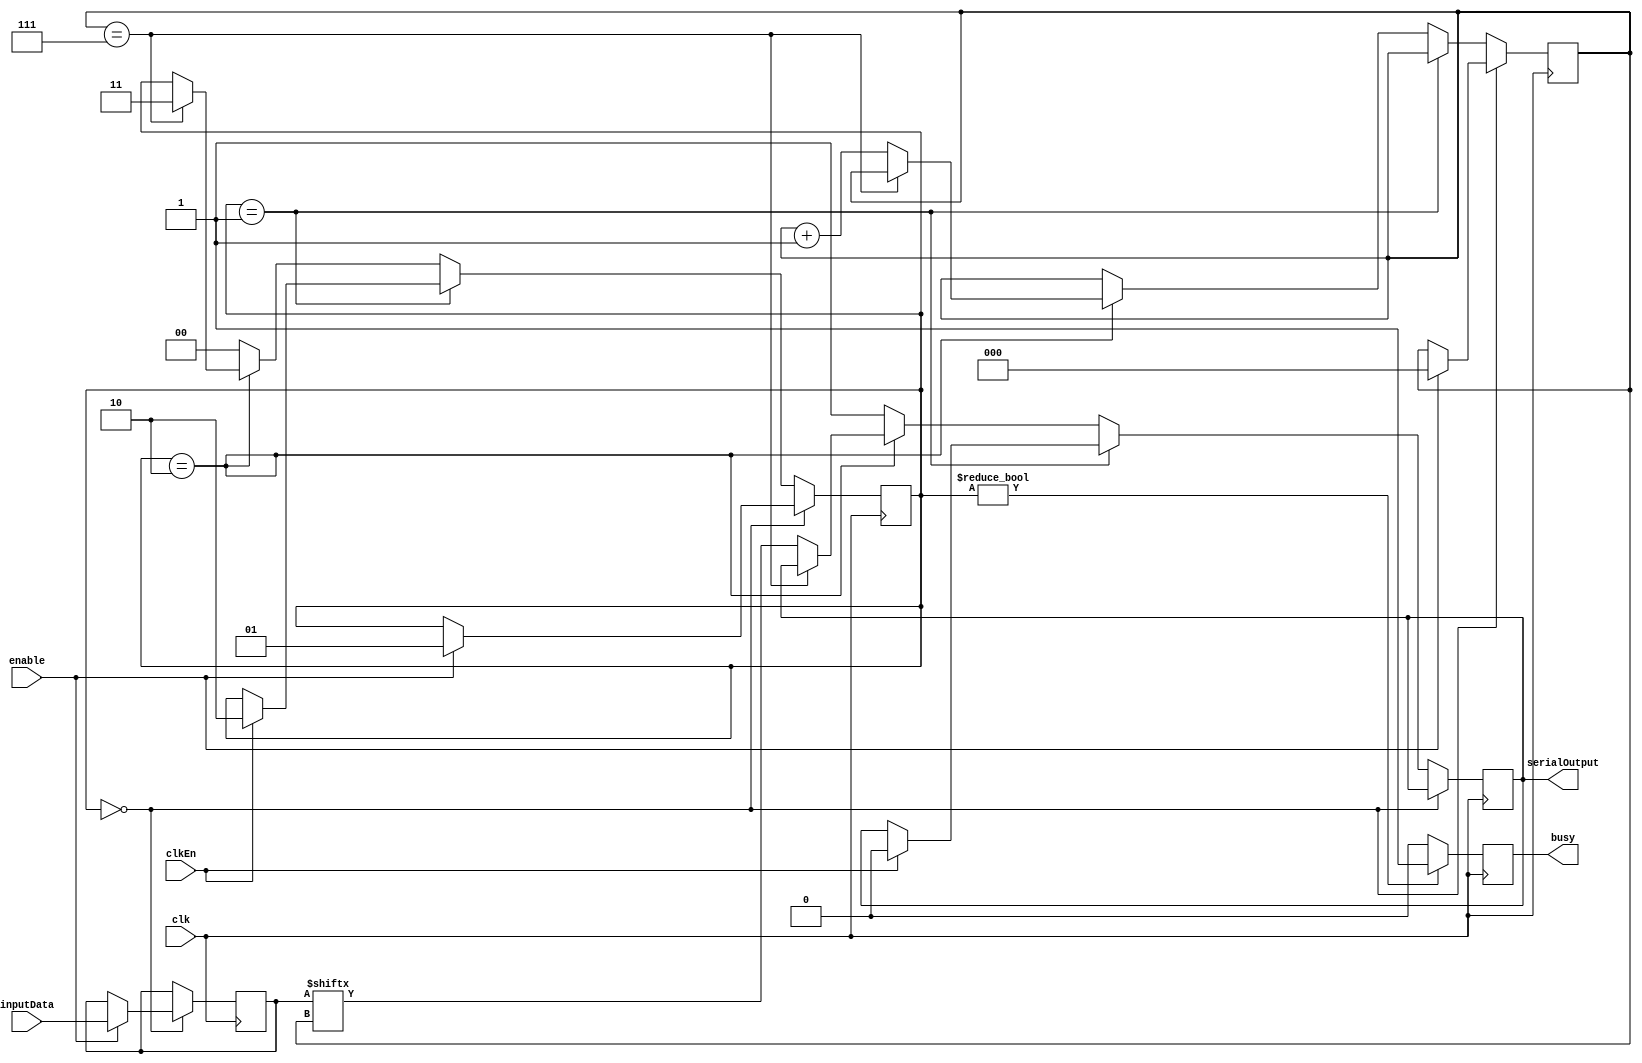
module UART_tx
(
    input       enable,                                         // enable bit
    input [7:0] inputData,                                      // data to transmit
    input       clk,                                            // clock source
    input       clkEn,                                          // baud clk
    output reg  serialOutput,                                   // serial output
    output reg  busy                                            // logic high while transmitting
);
    reg [1:0] state      = 0;                                   // holds current state
    reg [1:0] idle       = 0;                                   // wait for data to transmit
    reg [1:0] startState = 1;                                   // state for sending start bit
    reg [1:0] dataState  = 2;                                   // send data
    reg [1:0] stopState  = 3;                                   // send stop bit

    reg [7:0] data;                                             // holds data to send 
    reg [2:0] bitPosition;                                      // index for data reg

    always @(posedge clk)
    begin
        case(state)
            idle:
            begin
                if(enable)                                      // if enable bit is high
                begin
                    state       <= startState;                  // go to next state
                    data        <= inputData;                   // transfer input data to data reg
                    bitPosition <= 0;                           // clear data index
                end
            end

            startState:
            begin
                if(clkEn)
                begin
                    serialOutput <= 0;                          // send the start bit
                    state        <= dataState;                  // transition to data state
                end
            end

            dataState:
            begin
                if(bitPosition == 7)                            // if all data has transmitted
                begin
                    state <= stopState;                         // transition to stop state
                end
                else
                begin
                    bitPosition  <= bitPosition+1;              // increment indexer
                    serialOutput <= data[bitPosition];          // send data bit
                end
            end

            default:
            begin
                state        <= idle;                           // tranition to idle
                serialOutput <= 1;                              // send idle bit
            end
        endcase

        if(state != idle)                                       // check to see if uart module is busy
            busy <= 1;
        else
            busy <= 0;
    end
endmodule